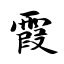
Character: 霞